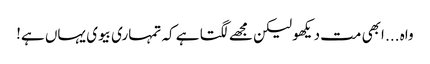
واہ ... ابھی مت دیکھو لیکن مجھے لگتا ہے کہ تمہاری بیوی یہاں ہے!